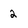
Character: 2